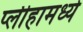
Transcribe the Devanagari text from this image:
प्लीहामध्ये